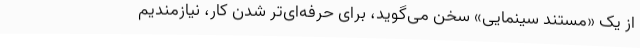
از یک «مستند سینمایی» سخن می‌گوید، برای حرفه‌ای‌تر شدن کار، نیازمندیم